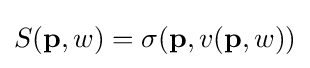
S(\mathbf {p} ,w)=\sigma (\mathbf {p} ,v(\mathbf {p} ,w))